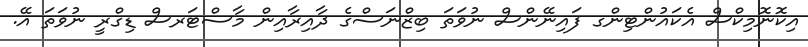
އިކޮނޮމިކްސް އެކައުންޓިންގ ފައިނޭންސް ނުވަތަ ބިޒްނަސްގެ ދާއިރާއިން މާސްޓަރސް ޑިގްރީ ނުވަތަ އޭ.